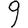
Digit: 9